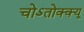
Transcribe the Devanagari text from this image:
चोऽतोक्क्यू